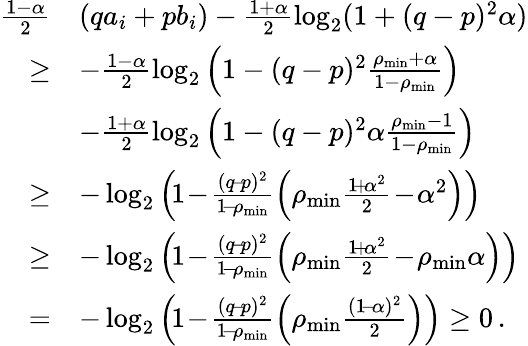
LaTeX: \begin{array}{rl}{\frac{1-\alpha}{2}}&{\left(qa_{i}+pb_{i}\right)-\frac{1+\alpha}{2}\log_{2}(1+(q-p)^{2}\alpha)}\\ {\ge}&{-\frac{1-\alpha}{2}\log_{2}\left(1-(q-p)^{2}\frac{\rho_{\operatorname*{min}}+\alpha}{1-\rho_{\operatorname*{min}}}\right)}\\ &{-\frac{1+\alpha}{2}\log_{2}\left(1-(q-p)^{2}\alpha\frac{\rho_{\operatorname*{min}}-1}{1-\rho_{\operatorname*{min}}}\right)}\\ {\ge}&{-\log_{2}\left(\! 1\! -\! \frac{(q\! -\! p)^{2}}{1\! -\! \rho_{\operatorname*{min}}}\left(\rho_{\operatorname*{min}}\frac{1\! +\! \alpha^{2}}{2}\! -\! \alpha^{2}\right)\right)}\\ {\ge}&{-\log_{2}\left(\! 1\! -\! \frac{(q\! -\! p)^{2}}{1\! -\! \rho_{\operatorname*{min}}}\left(\rho_{\operatorname*{min}}\frac{1\! +\! \alpha^{2}}{2}\! -\! \rho_{\operatorname*{min}}\alpha\right)\right)}\\ {=}&{-\log_{2}\left(\! 1\! -\! \frac{(q\! -\! p)^{2}}{1\! -\! \rho_{\operatorname*{min}}}\left(\rho_{\operatorname*{min}}\frac{(1\! -\! \alpha)^{2}}{2}\right)\right)\ge 0\, .}\end{array}